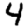
Digit: 4